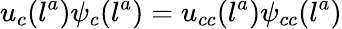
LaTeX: u_{c}(l^{a})\psi_{c}(l^{a})=u_{cc}(l^{a})\psi_{cc}(l^{a})